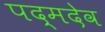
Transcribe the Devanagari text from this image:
पद्मदेव